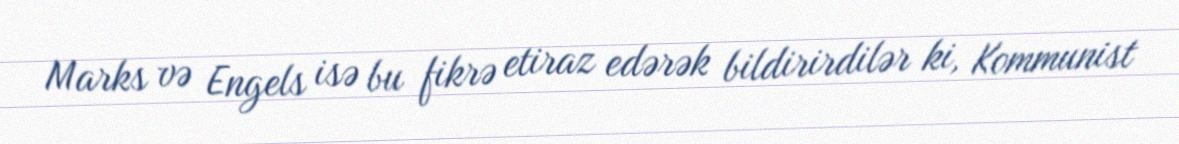
Marks və Engels isə bu fikrə etiraz edərək bildirirdilər ki, Kommunist